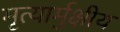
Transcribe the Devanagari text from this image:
मृत्यार्मुक्षीय